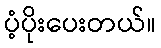
ပံ့ပိုးပေးတယ်။